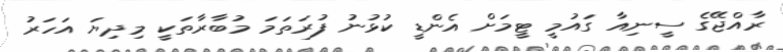
ރާއްޖޭގެ ސީނިއާ ގައުމީ ޓީމަށް އެންޑީ ކުޅުނު ފުރަތަމަ މުބާރާތަކީ މިދިޔަ އަހަރު